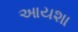
આયશા